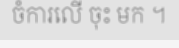
ចំការលើ ចុះ មក ។